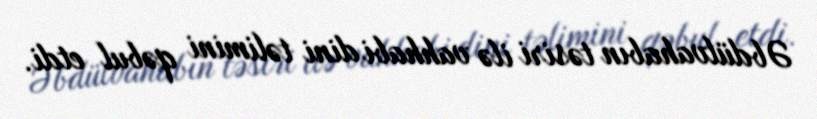
Əbdülvahabın təsiri ilə vahhabi dini təlimini qəbul etdi.